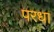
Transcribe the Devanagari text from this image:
परधा